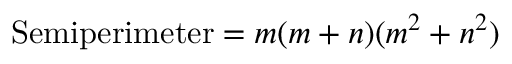
{ \mathrm { S e m i p e r i m e t e r } } = m ( m + n ) ( m ^ { 2 } + n ^ { 2 } )